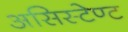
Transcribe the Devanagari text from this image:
असिस्टेण्ट